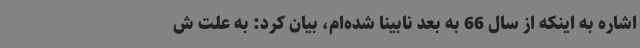
اشاره به اینکه از سال 66 به بعد نابینا شده‌ام، بیان کرد: به علت ش